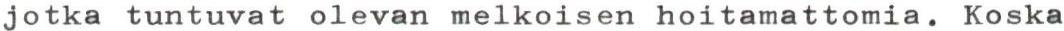
jotka tuntuvat olevan melkoisen hoitamattomia. Koska